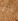
إن